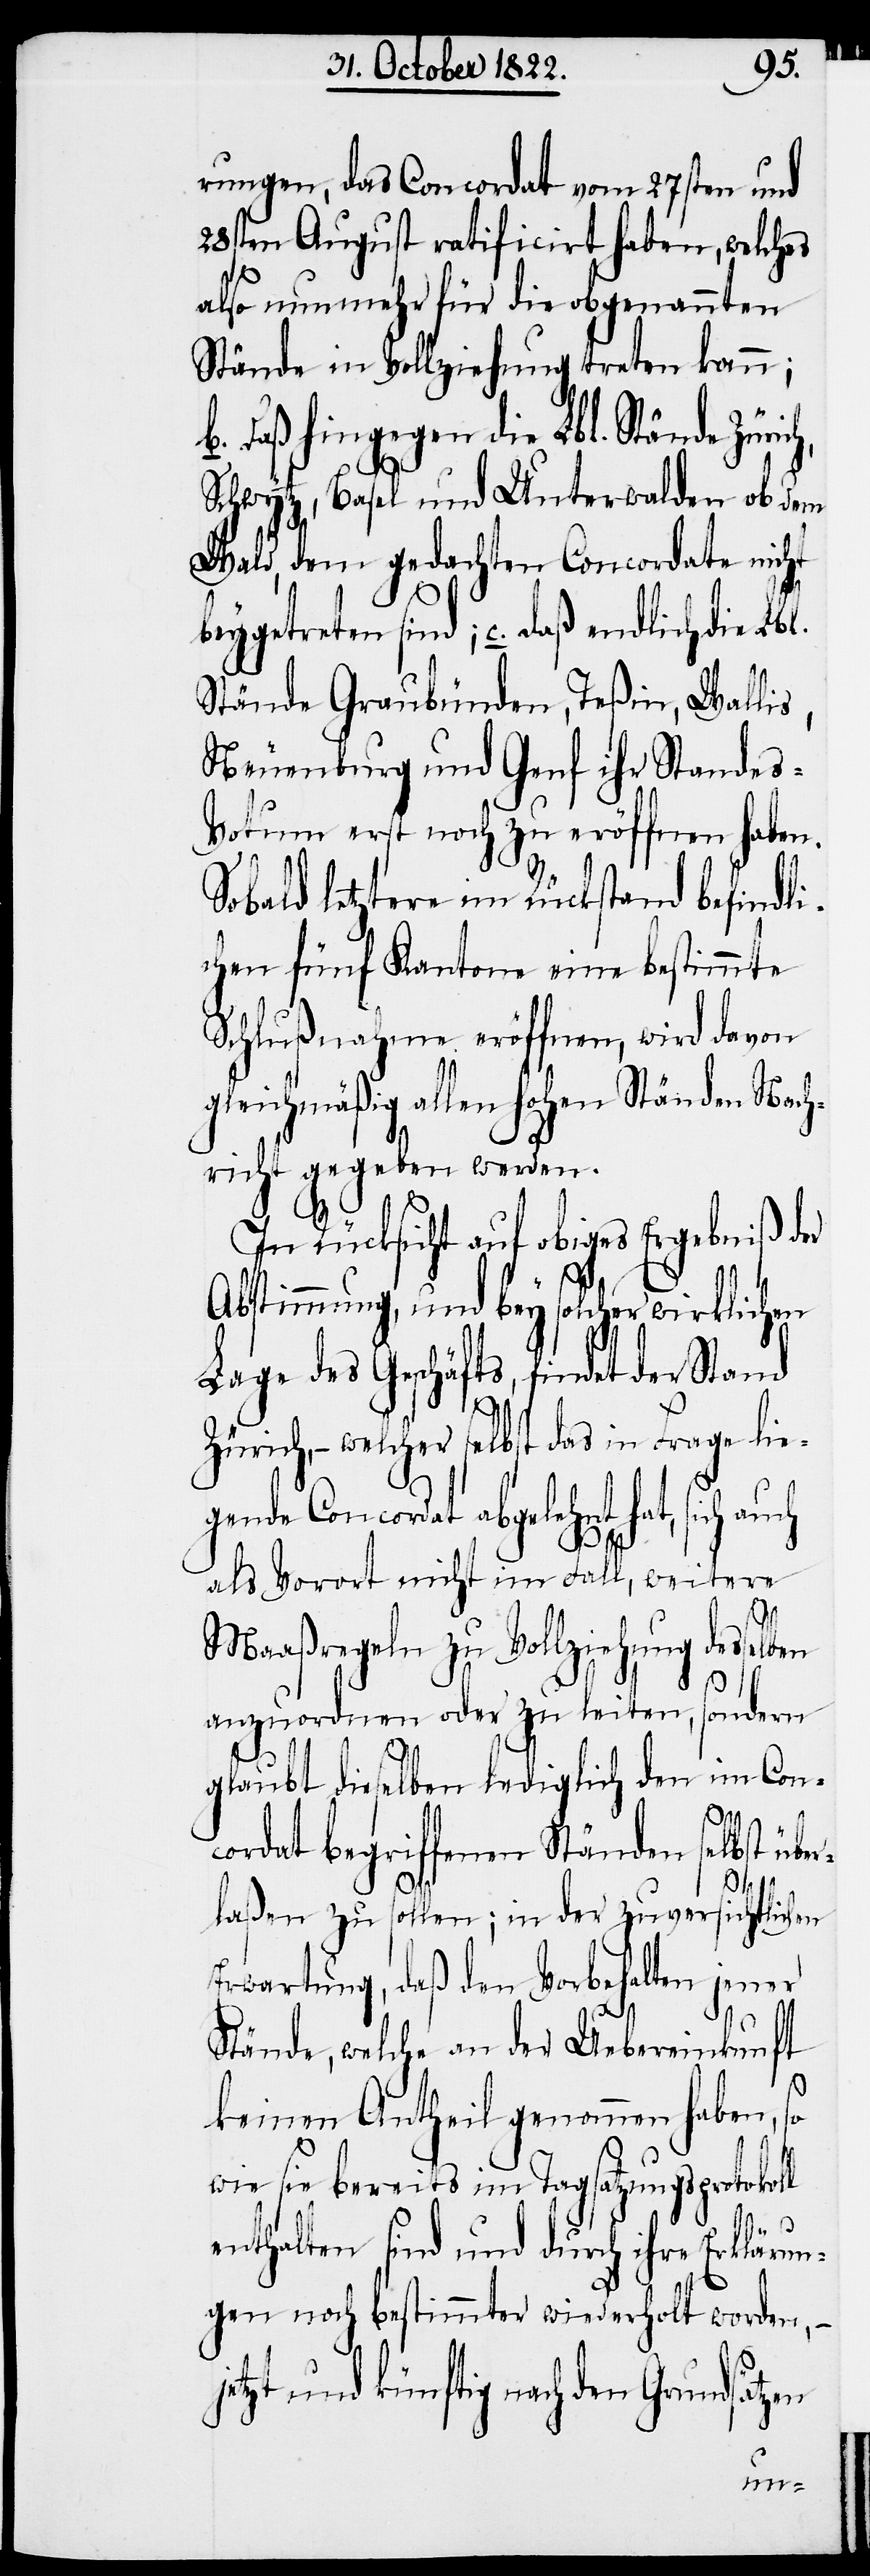
rungen, das Concordat vom 27sten und
28sten August ratificirt haben, welches
also nunmehr für die obgenannten
Stände in Vollziehung treten kann;
b. daß hingegen die Lbl. Stände Züri¬
Schwytz, Basel und Unterwalden ob dem
Wald, dem gedachten Concordate nicht
beygetreten sind; c. daß endlich die Lbl.
Stände Graubünden, Teßin, Walli¬
Neuenburg und Genf ihr Standes-V¬
otum erst noch zu eröffnen haben.
Sobald letztere im Rückstand befindli¬
chen fünf Kantone eine bestimmte
Schlußnahme eröffnen, wird davon
gleichmäßig allen hohen Ständen Nach¬
richt gegeben werden.
In Rücksicht auf obiges Ergebniß der
Abstimmung, und bey solcher wirklichen
Lage des Geschäfts, findet der Stand
Zürich, – welcher selbst das in Frage lie¬
gende Concordat abgelehnt hat, sich
als Vorort nicht im Fall, weitere
Maaßregeln zu Vollziehung dessel¬
l
anzuordnen oder zu leiten, sondern
glaubt dieselben lediglich den im Con¬
cordat begriffenen Ständen selbst übe¬
s,
rlaßen zu sollen; in der zuversichtlichen
Erwartung, daß den Vorbehalten jener
Stände, welche an der Uebereinkunft
keinen Antheil genommen haben, so
wie sie bereits im Tagsatzungsprotokol¬
enthalten sind und durch ihre Erklärun¬
gen noch bestimmter wiederholt worden, –
jetzt und künftig nach den Grundsätzen